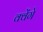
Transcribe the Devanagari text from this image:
क्वेंगे